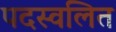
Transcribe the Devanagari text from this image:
पदस्वलित